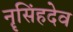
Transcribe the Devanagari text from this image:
नॄसिंहदेव